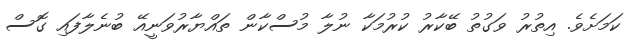
ކަމަށެވެ. އިތުރު ވަގުތު ބޭކާރު ކުރުމަކާ ނުލާ މުސްކާން ތައްޔާރުވަނީއޭ ބުނެލާފައި ގޮސް